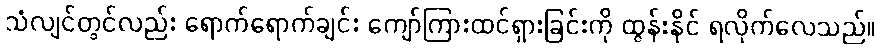
သံလျင်တွင်လည်း ရောက်ရောက်ချင်း ကျော်ကြားထင်ရှားခြင်းကို ထွန်းနိုင် ရလိုက်လေသည်။